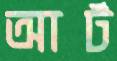
আর্ট